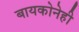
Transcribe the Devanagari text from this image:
बायकोनेही